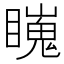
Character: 𥋳